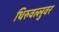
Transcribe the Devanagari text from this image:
थिरुवल्लुवर